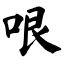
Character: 哏